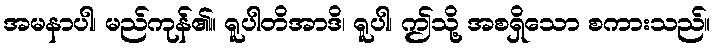
အမနာပါ၊ မည်ကုန်၏။ ရူပါတိအာဒိ၊ ရူပါ၊ ဤသို့ အစရှိသော စကားသည်။